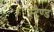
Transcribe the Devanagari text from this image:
स्ट्रैण्ड